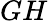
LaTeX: GH